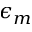
\epsilon _ { m }